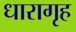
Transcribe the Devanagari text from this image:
धारागृह